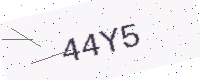
Text: 44Y5